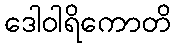
ဒေါဝါရိကောတိ